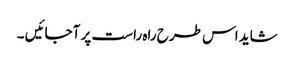
شاید اس طرح راہ راست پر آجائیں ۔